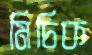
মিচিক